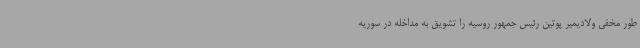
طور مخفی ولادیمیر پوتین رئیس جمهور روسیه را تشویق به مداخله در سوریه